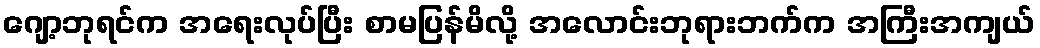
ဂျော့ဘုရင်က အရေးလုပ်ပြီး စာမပြန်မိလို့ အလောင်းဘုရားဘက်က အကြီးအကျယ်